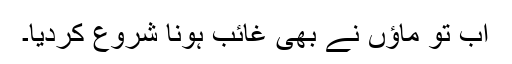
اب تو ماؤں نے بھی غائب ہونا شروع کردیا۔